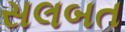
સલબત